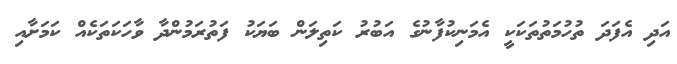
އަދި އެފަދަ ތުހުމަތުތަކަކީ އެމަނިކުފާނުގެ އަބުރު ކަތިލަން ބަޔަކު ފަތުރަމުންދާ ވާހަކަތަކެއް ކަަމަށާއި